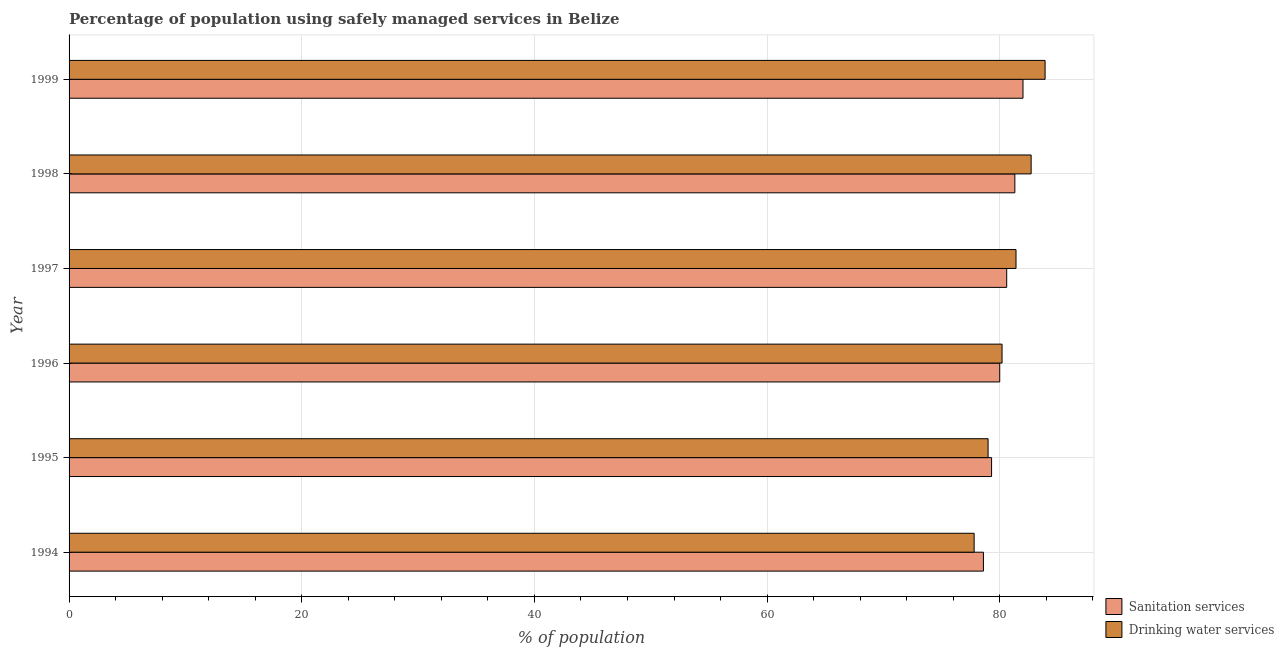
| Year | Sanitation services | Drinking water services |
 | --- | --- | --- |
 | 1994 | 78.6 | 77.8 |
 | 1995 | 79.3 | 79 |
 | 1996 | 80 | 80.2 |
 | 1997 | 80.6 | 81.4 |
 | 1998 | 81.3 | 82.7 |
 | 1999 | 82 | 83.9 |